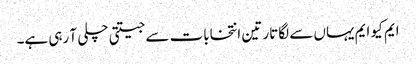
ایم کیو ایم یہاں سے لگاتار تین انتخابات سے جیتتی چلی آ رہی ہے۔